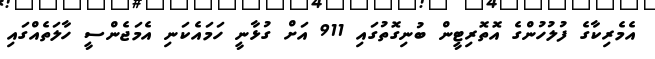
އެމެރިކާގެ ފުލުހުންގެ އޮތޮރިޓީން ބުނިގޮތުގައި 911 އަށް ގުޅާނީ ހަމައެކަނި އެމަޖެންސީ ހާލަތެއްގައި